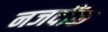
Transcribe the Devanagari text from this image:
नजदींक